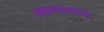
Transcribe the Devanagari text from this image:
अग्रभागाने